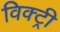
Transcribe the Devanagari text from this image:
विक्‍ट्री